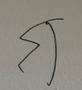
Signature authenticity: forged